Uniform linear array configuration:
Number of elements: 12
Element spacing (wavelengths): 1
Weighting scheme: kaiser
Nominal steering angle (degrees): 15
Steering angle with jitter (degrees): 16.694
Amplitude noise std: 0.05
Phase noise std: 0.05

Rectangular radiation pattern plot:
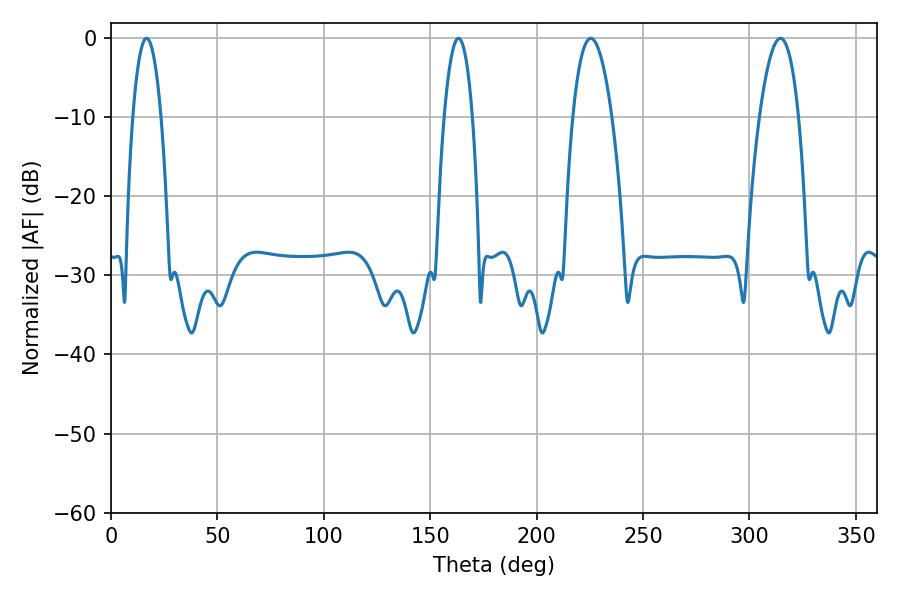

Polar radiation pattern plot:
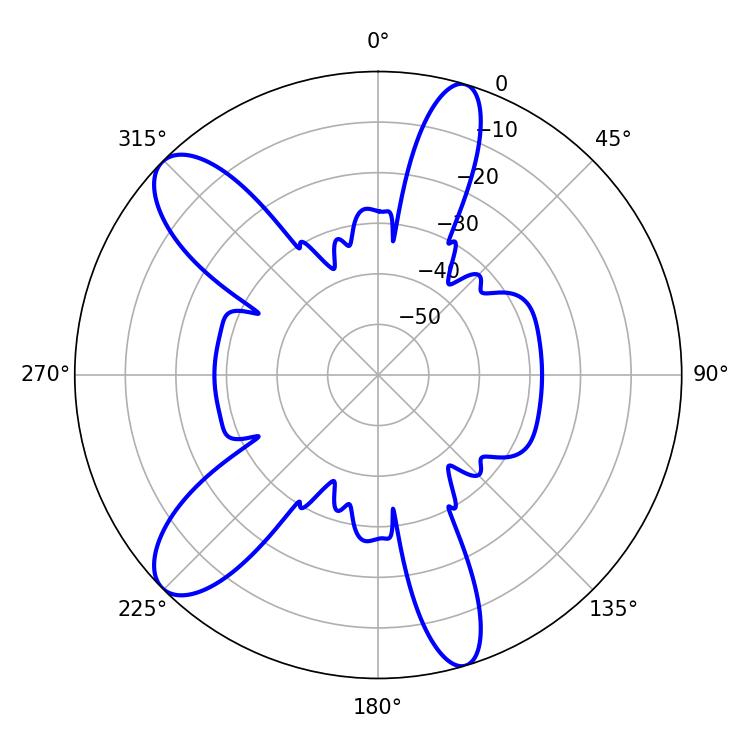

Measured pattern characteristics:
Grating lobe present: TRUE
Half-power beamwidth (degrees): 7.38
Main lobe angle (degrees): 16.74